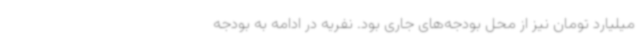
میلیارد تومان نیز از محل بودجه‌های جاری بود. نفریه در ادامه به بودجه